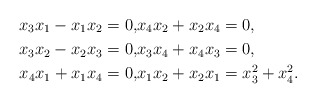
\begin{align*}x_3 x_1-x_1x_2 =0, &x_4x_2+x_2x_4=0,\\x_3 x_2-x_2x_3 =0, &x_3x_4+x_4x_3=0,\\x_4 x_1+x_1x_4 =0, &x_1x_2+x_2x_1=x_3^2+x_4^2.\end{align*}